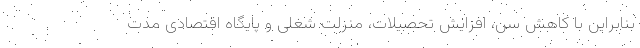
بنابراین با کاهش سن، افزایش تحصیلات، منزلت شغلی و پایگاه اقتصادی مدت